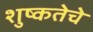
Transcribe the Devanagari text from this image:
शुष्कतेचे